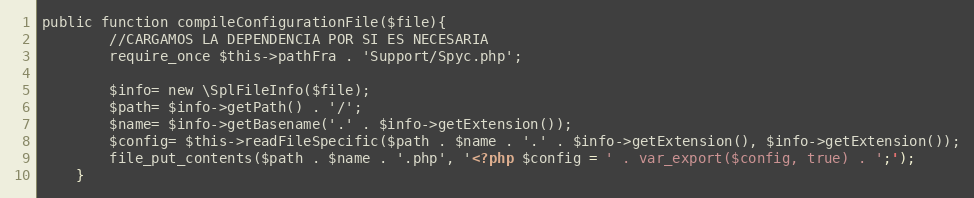
Language: PHP
public function compileConfigurationFile($file){
        //CARGAMOS LA DEPENDENCIA POR SI ES NECESARIA
        require_once $this->pathFra . 'Support/Spyc.php';

        $info= new \SplFileInfo($file);
        $path= $info->getPath() . '/';
        $name= $info->getBasename('.' . $info->getExtension());
        $config= $this->readFileSpecific($path . $name . '.' . $info->getExtension(), $info->getExtension());
        file_put_contents($path . $name . '.php', '<?php $config = ' . var_export($config, true) . ';');
    }